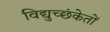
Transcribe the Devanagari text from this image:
विद्युच्छंकेतों